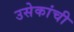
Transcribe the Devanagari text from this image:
उसेकांची